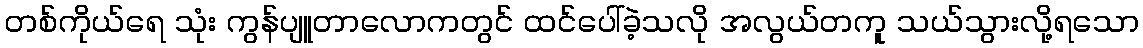
တစ်ကိုယ်ရေ သုံး ကွန်ပျူတာလောကတွင် ထင်ပေါ်ခဲ့သလို အလွယ်တကူ သယ်သွားလို့ရသော